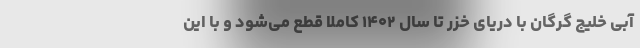
آبی خلیج گرگان با دریای خزر تا سال ۱۴۰۲ کاملا قطع می‌شود و با این